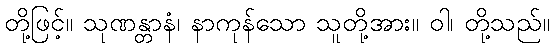
တို့ဖြင့်။ သုဏန္တာနံ၊ နာကုန်သော သူတို့အား။ ဝါ၊ တို့သည်။